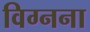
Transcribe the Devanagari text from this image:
विग्नना